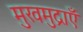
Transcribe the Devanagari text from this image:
मुखमुद्राएँ